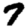
Digit: 7